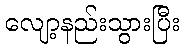
လျော့နည်းသွားပြီး